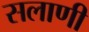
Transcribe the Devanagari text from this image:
सलाणी